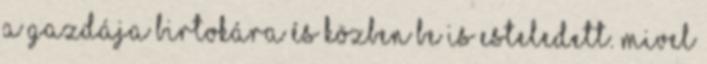
a gazdája birtokára és közben be is esteledett. Mivel